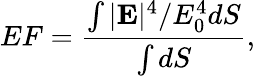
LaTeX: EF=\frac{\int|\mathbf{E}|^{4}/E_{0}^{4}dS}{\int dS},